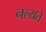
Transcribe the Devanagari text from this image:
नल्यते